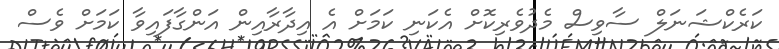
ކަރެކްޝަނަލް ސާވިސް މެދުވެރިކޮށް އެކަނި ކަމަށް އެ އިދާރާއިން އަންގާފައިވާ ކަމަށް ވެސް